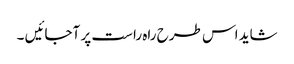
شاید اس طرح راہ راست پر آجائیں ۔